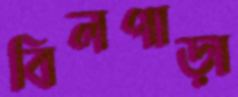
বিলপাড়া